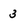
Character: 3